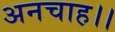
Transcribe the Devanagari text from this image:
अनचाह।।